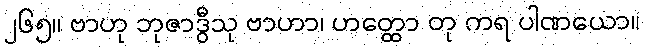
၂၆၅။ ဗာဟု ဘုဇာဒွီသု ဗာဟာ၊ ဟတ္ထော တု ကရ ပါဏယော။